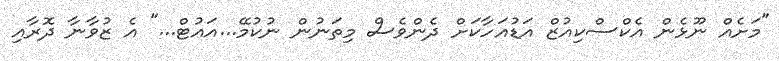
"މަށެއް ނޫޅެން އެކްސްކިއުޒް އަޑުއަހާކަށް ދެންވެސް މިތަނުން ނުކުމޭ...އައުޓް..." އެ ޒުވާނާ ދޮރާއި